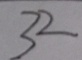
3 2